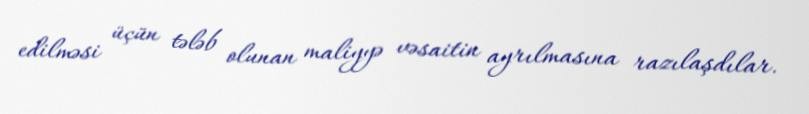
edilməsi üçün tələb olunan maliyyə vəsaitin ayrılmasına razılaşdılar.